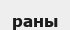
раны